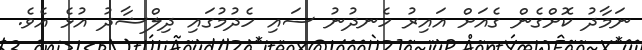
ނަމާދު ކޮށްގެން ގެއަށް އައިރު ހެނދުނު ސައި ހެދުމުގައި ދިލްޝާދު އުޅެ އެވެ.